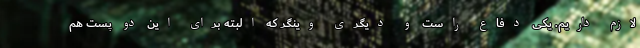
لازم داریم. یکی دفاع راست و دیگری وینگر که البته برای این دو پست هم